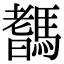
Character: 𩥞